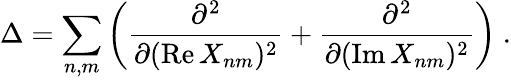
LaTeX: \Delta=\sum_{n,m}\left(\frac{\partial^{2}}{\partial(\mathrm{Re}\, X_{nm})^{2}}+\frac{\partial^{2}}{\partial(\mathrm{Im}\, X_{nm})^{2}}\right)\ .